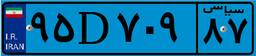
۶۵D۴۳۱۹۲